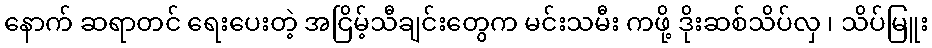
နောက် ဆရာတင် ရေးပေးတဲ့ အငြိမ့်သီချင်းတွေက မင်းသမီး ကဖို့ ဒိုးဆစ်သိပ်လှ ၊ သိပ်မြူး